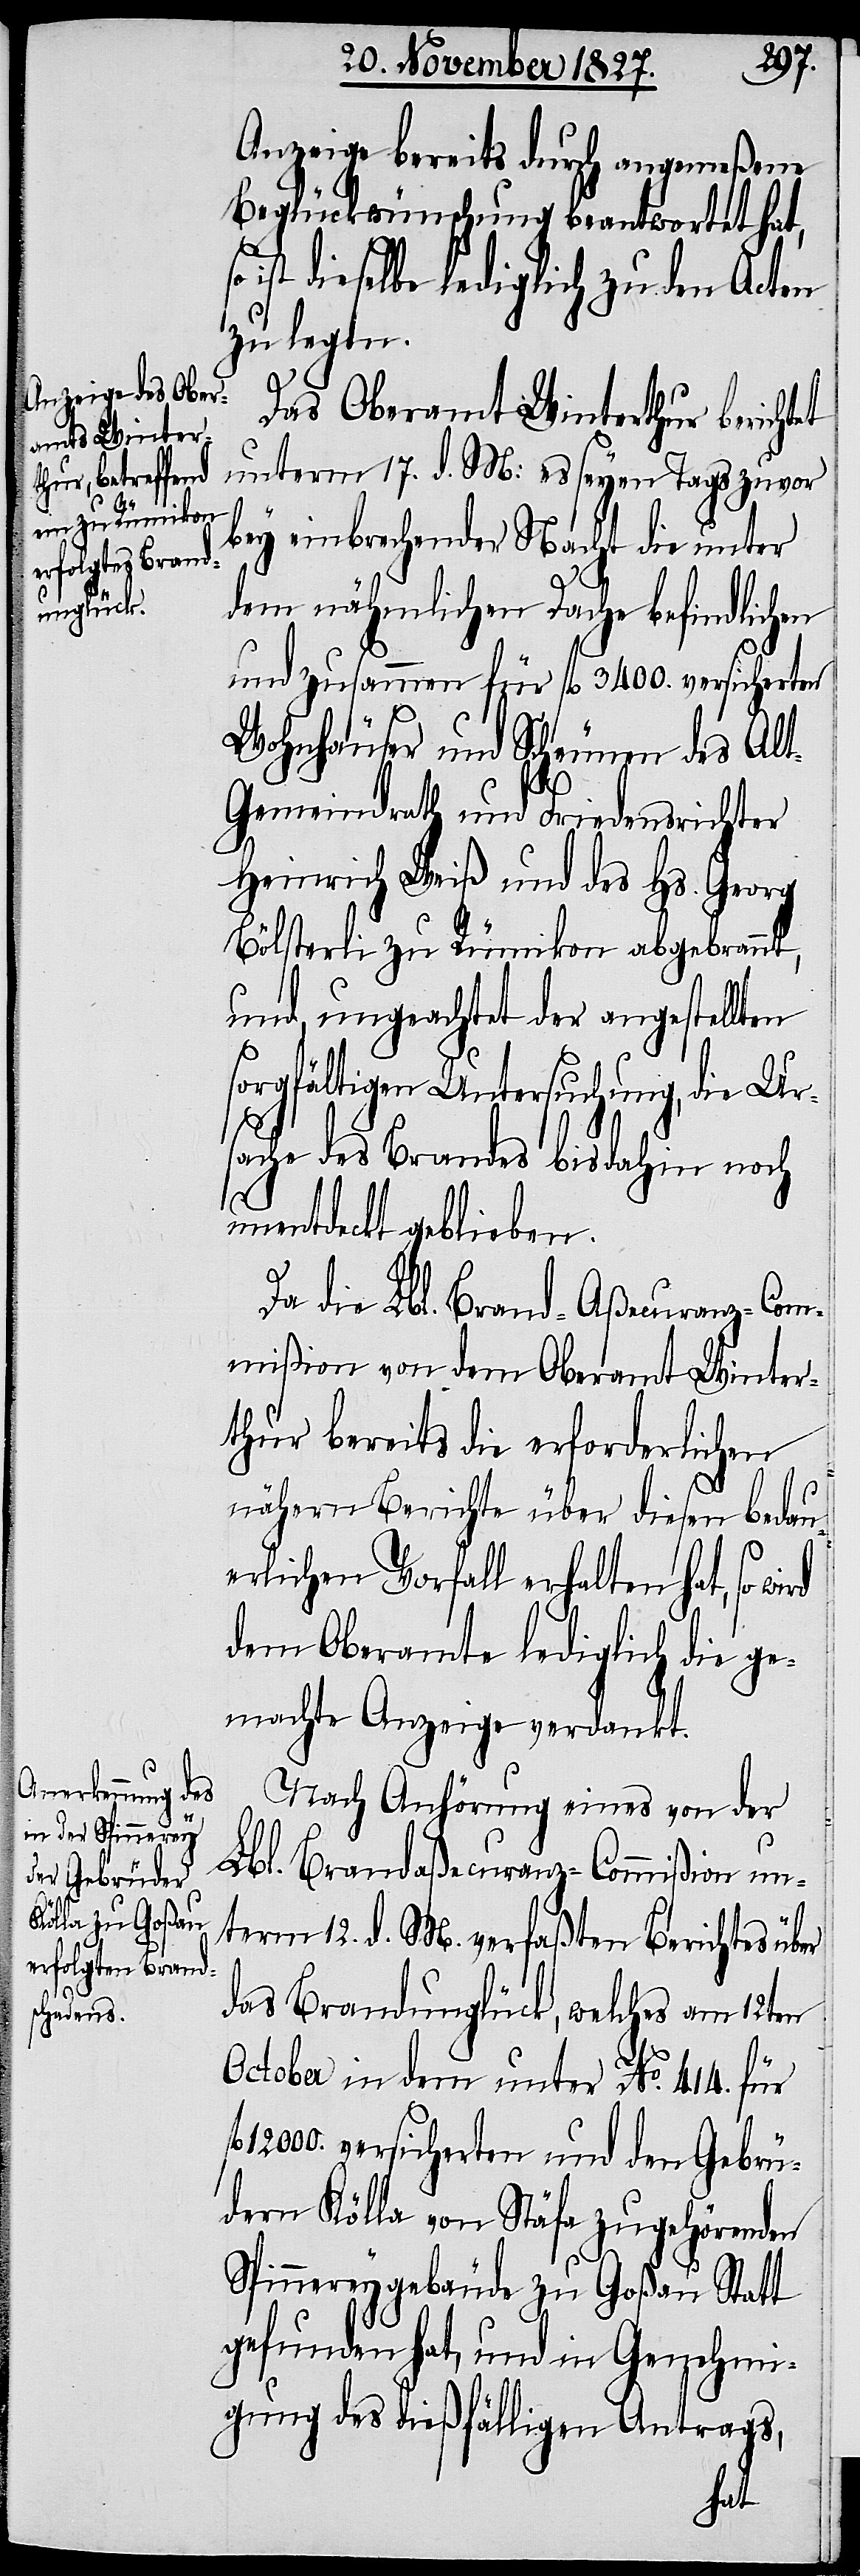
Anzeige bereits durch angemeßene
Beglückwünschung beantwortet hat,
ist dieselbe lediglich zu den Acten
zu legen.
Das Oberamt Winterthur berichtet
unterm 17. d. M: es seyen Tags zuvor
bey einbrechender Nacht die unter
dem nähmlichen Dache befindlichen
und zusammen für fl. 3400. versicherten
Wohnhäuser und Scheunen des Al¬
t-Gemeindrath und Friedensrichter
Heinrich Weiß und des Hs. Georg
Bölsterli zu Rümikon abgebrannt,
und, ungeachtet der angestellten
sorgfältigen Untersuchung, die Urs¬
ache des Brandes bis dahin noch
unentdeckt geblieben.
Da die Lbl. Brand-Aßecuranz-Com¬
mißion von dem Oberamt Winter¬
thur bereits die erforderlichen
fl.
nähern Berichte über diesen bedau¬
erlichen Vorfall erhalten hat, so
dem Oberamte lediglich die ge¬
machte Anzeige verdankt.
Nach Anhörung eines von der
Lbl. Brandaßecuranz-Commißion un¬
term 12. d. M. verfaßten Berichtes über
das Brandunglück, welches am 12ten
October in dem unter No. 414. für
12000. versicherten und den Gebrü¬
dern Kölla von Stäfa zugehörende
Spinnereygebäude zu Goßau Statt
gefunden hat, und in Genehmi¬
gung des dießfälligen Antrags,